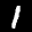
Label: 1